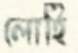
লোহি